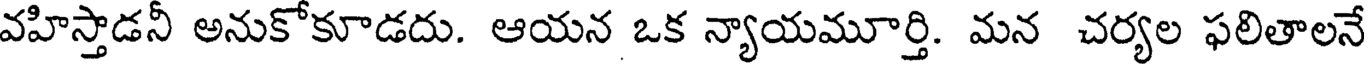
వహిస్తాడనీ అనుకోకూడదు. ఆయన ఒక న్యాయమూర్తి. మన చర్యల ఫలితాలనే